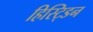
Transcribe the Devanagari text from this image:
हिस्ट्डिन